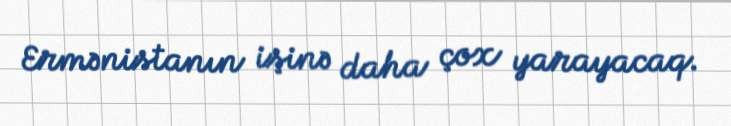
Ermənistanın işinə daha çox yarayacaq.